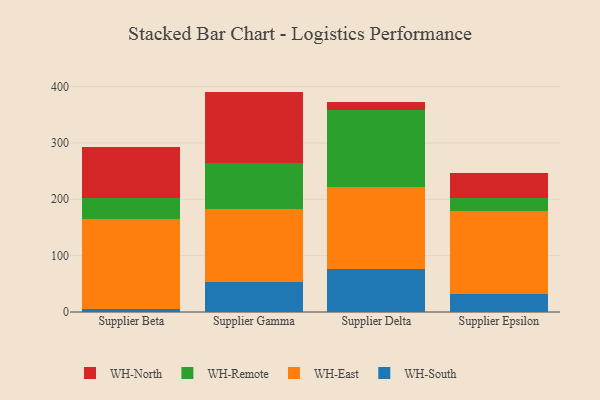
{"axis": {"x": "Supplier", "y": "Population (Million)"}, "legend": ["WH-East", "WH-North", "WH-Remote", "WH-South"], "data": [{"x": "Supplier Beta", "y": 5.3, "type": "WH-South"}, {"x": "Supplier Beta", "y": 159.1, "type": "WH-East"}, {"x": "Supplier Beta", "y": 38.3, "type": "WH-Remote"}, {"x": "Supplier Beta", "y": 89.9, "type": "WH-North"}, {"x": "Supplier Gamma", "y": 53.0, "type": "WH-South"}, {"x": "Supplier Gamma", "y": 129.6, "type": "WH-East"}, {"x": "Supplier Gamma", "y": 82.1, "type": "WH-Remote"}, {"x": "Supplier Gamma", "y": 126.4, "type": "WH-North"}, {"x": "Supplier Delta", "y": 77.1, "type": "WH-South"}, {"x": "Supplier Delta", "y": 145.3, "type": "WH-East"}, {"x": "Supplier Delta", "y": 136.4, "type": "WH-Remote"}, {"x": "Supplier Delta", "y": 13.7, "type": "WH-North"}, {"x": "Supplier Epsilon", "y": 32.4, "type": "WH-South"}, {"x": "Supplier Epsilon", "y": 147.5, "type": "WH-East"}, {"x": "Supplier Epsilon", "y": 22.1, "type": "WH-Remote"}, {"x": "Supplier Epsilon", "y": 44.2, "type": "WH-North"}]}